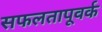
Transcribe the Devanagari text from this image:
सफलतापूवर्क